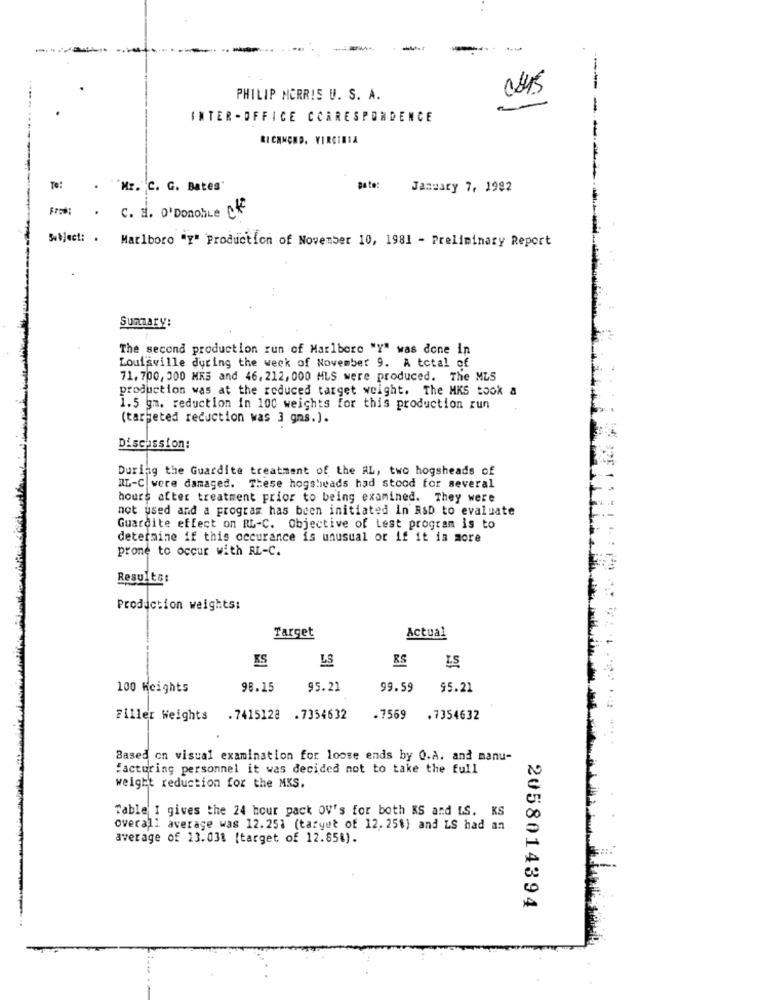
PHILIP MORRIS U. S. A.
INTER -OFFICE CORRESPONDENCE
RICHMOND, VIRGINIA
To:
. ""Mr. C. G. Bates'
gate:
January 7, 1982
Fre:
. c. E. O'Donoble Cf
Subject: . Marlboro "y" Production of November 10, 1981 - Preliminary Report
Summary:
The second production run of Marlboro "Y" was done in
Louisville during the week of November 9. A total of
71.700, 300 MES and 46, 212, 000 MLS were produced. The MLS
production was at the reduced target weight. The MKS Book a
1.5 gm. reduction in 100 weights for this production run
(targeted reduction was 3 gns.).
Discussion:
During the Guardite treatment of the AL, two hogsheads of
ML-C were damaged. These hogsheads had stood for several
hours after treatment prior to being examined. They were
not used and a program has been initiated in RsD to evaluate
Guardite effect on RL-C. Objective of Lest program is to
determine if this occurance is unusual or if it is more
prone to occur with AL-C.
Results:
Production weights:
Target
Actual
ES
LS
RS
100 Heights
98.15
95.21
99.59
95.21
Filler Weights
. 7415128 . 7354632
.7559
. 7354632
Based on visual examination for loose ends by O.A. and manu-
facturing personnel it was decided not to take the full
weight reduction for the MKS.
Table I gives the 24 hour pack OV's for both KS and LS. KS
overall average was 12.251 (taryut of 12. 25%) and LS had an
average of 13.038 [target of 12.858).
2058014394